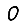
Digit: 0